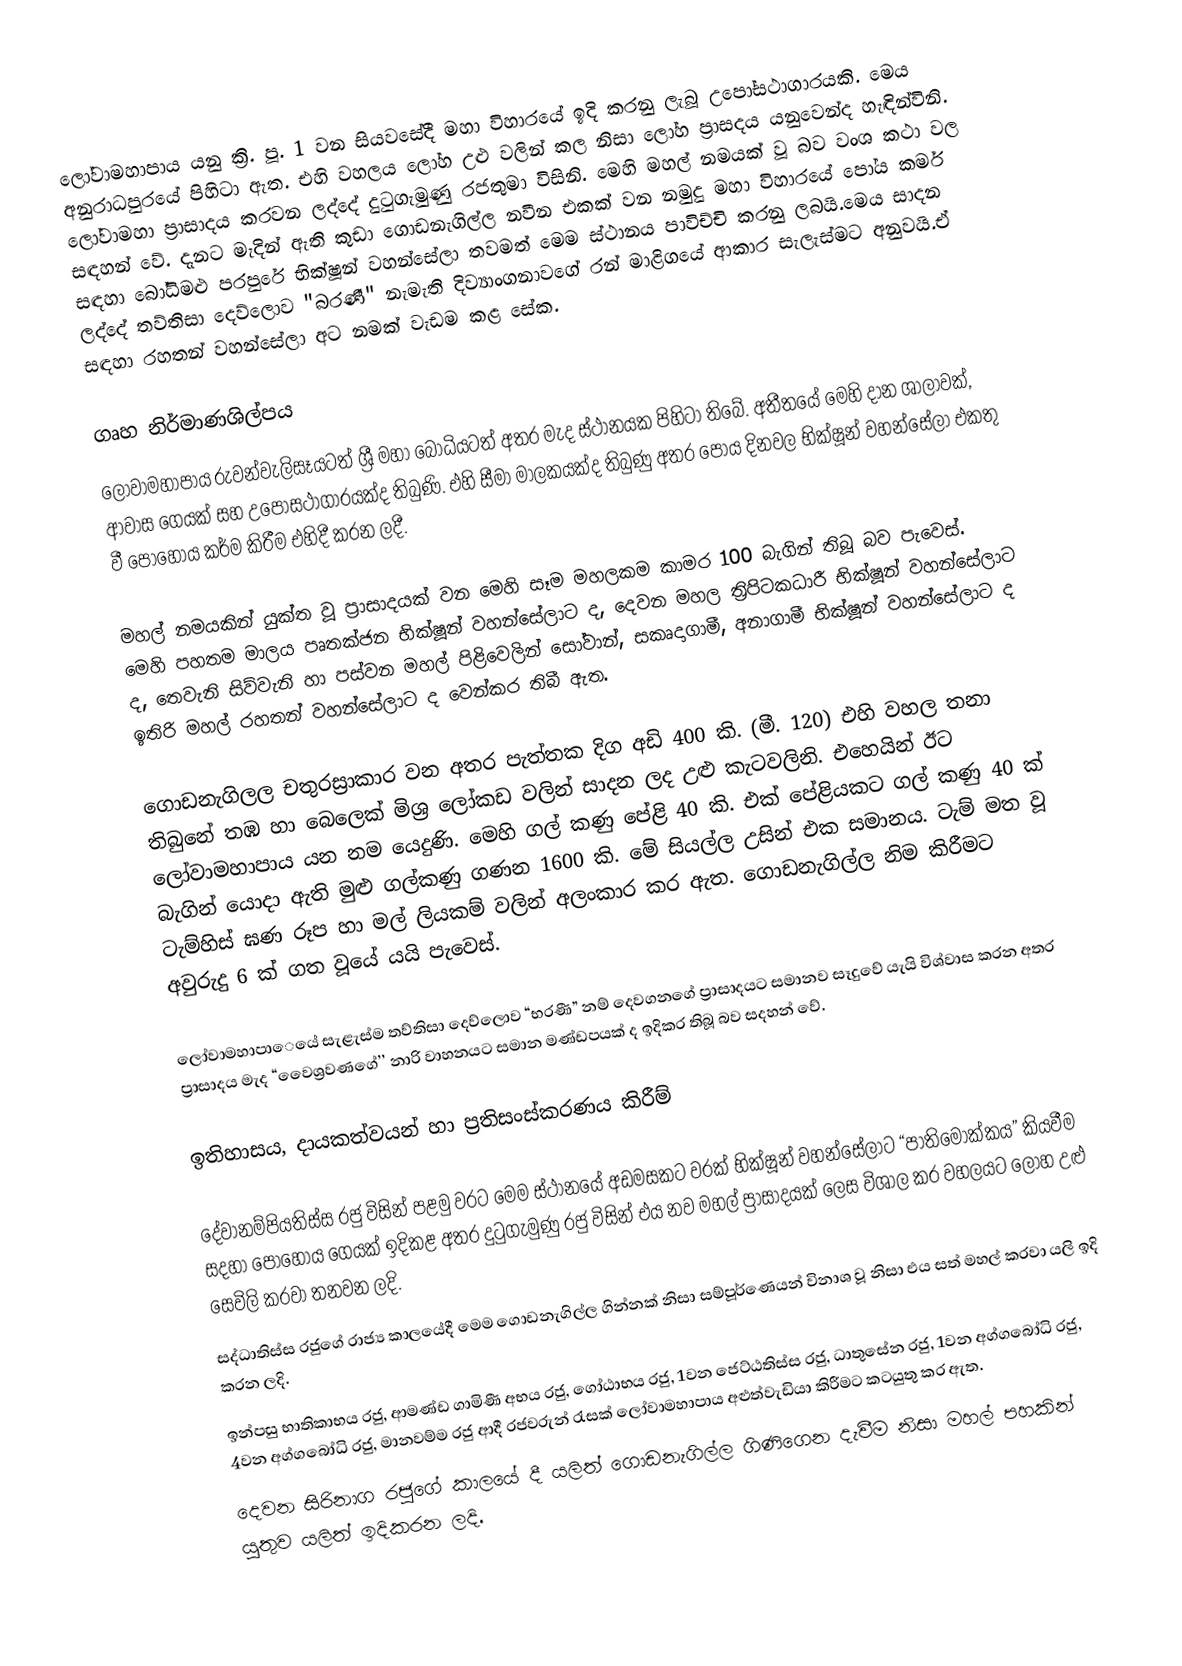
ලෝවාමහාපාය යනු ක්‍රි. පූ. 1 වන සියවසේදී මහා විහාරයේ ඉදි කරනු ලැබූ උපෝසථාගාරයකි. මෙය අනුරාධපුරයේ පිහිටා ඇත. එහි වහලය ලෝහ උළු වලින් කල නිසා ලෝහ ප්‍රාසදය යනුවෙන්ද හැඳින්විනි. ලෝවාමහා ප්‍රාසාදය කරවන ලද්දේ දුටුගැමුණු රජතුමා විසිනි. මෙහි මහල් නමයක් වූ බව වංශ කථා වල සඳහන් වේ. දැනට මැදින් ඇති කුඩා ගොඩනැගිල්ල නවීන එකක් වන නමුදු මහා විහාරයේ පෝය කර්ම සඳහා බෝධිමළු පරපුරේ භික්ෂූන් වහන්සේලා තවමත් මෙම ස්ථානය පාවිච්චි කරනු ලබයි.මෙය සාදන ලද්දේ තව්තිසා දෙව්ලොව "බරණී" නැමැති දිව්‍යාංගනාවගේ රන් මාළිගයේ ආකාර සැලැස්මට අනුවයි.ඒ සඳහා රහතන් වහන්සේලා අට නමක් වැඩම කළ සේක.

ගෘහ නිර්මාණශිල්පය
ලෝවාමහාපාය රුවන්වැලිසෑයටත් ශ්‍රී මහා බෝධියටත් අතර මැද ස්ථානයක පිහිටා තිබේ. අතීතයේ මෙහි දාන ශාලාවක්, ආවාස ගෙයක් සහ උපෝසථාගාරයක්ද තිබුණි. එහි සීමා මාලකයක්ද තිබුණු අතර පෝය දිනවල භික්ෂූන් වහන්සේලා එකතු වී පොහොය කර්ම කිරීම එහිදී කරන ලදී.

මහල් නමයකින් යුක්ත වූ ප්‍රාසාදයක් වන මෙහි සෑම මහලකම කාමර 100 බැගින් තිබූ බව පැවෙස්. මෙහි පහතම මාලය පෘතක්ජන භික්ෂූන් වහන්සේලාට ද, දෙවන මහල ත්‍රිපිටකධාරී භික්ෂූන් වහන්සේලාට ද, තෙවැනි සිව්වැනි හා පස්වන මහල් පිළිවෙලින්  සෝවාන්, සකෘදාගාමී, අනාගාමී භික්ෂූන් වහන්සේලාට ද ඉතිරි මහල් රහතන් වහන්සේලාට ද වෙන්කර තිබී ඇත.

ගොඩනැගිලල චතුරස්‍රාකාර වන අතර පැත්තක දිග අඩි 400 කි. (මී. 120) එහි වහල තනා තිබුනේ තඹ හා බෙලෙක් මිශ්‍ර  ලෝකඩ වලින් සාදන ලද උළු කැටවලිනි. එහෙයින් ඊට ලෝවාමහාපාය යන නම යෙදුණි. මෙහි ගල් කණු පේළි 40 කි. එක් පේළියකට ගල් කණු 40 ක් බැගින් යොදා ඇති මුළු ගල්කණු ගණන 1600 කි. මේ සියල්ල උසින් එක සමානය. ටැම් මත වූ ටැම්හිස් ඝණ රූප හා මල් ලියකම් වලින් අලංකාර කර ඇත. ගොඩනැගිල්ල නිම කිරීමට අවුරුදු 6 ක් ගත වූයේ යයි පැවෙස්.

ලෝවාමහාපාෙයේ සැළැස්ම තව්තිසා දෙව්ලොව “භරණී” නම් දෙවගනගේ ප්‍රාසාදයට සමානව සෑදුවේ යැයි විශ්වාස කරන අතර ප්‍රාසාදය මැද “වෙෙශ්‍රවණගේ’’  නාරි වාහනයට සමාන මණ්ඩපයක් ද ඉදිකර තිබූ බව සදහන් වේ.

ඉතිහාසය, දායකත්වයන් හා ප්‍රතිසංස්කරණය කිරීම්

දේවානම්පියතිස්ස රජු විසින් පළමු වරට මෙම ස්ථානයේ අඩමසකට වරක් භික්ෂූන් වහන්සේලාට  “පාතිමොක්කය” කියවීම සදහා පොහොය ගෙයක් ඉදිකළ අතර දුටුගැමුණු රජු විසින් එය නව මහල් ප්‍රාසාදයක් ලෙස විශාල කර වහලයට ලෝහ උළු සෙවිලි කරවා තනවන ලදි.
 සද්ධාතිස්ස රජුගේ රාජ්‍ය කාලයේදී මෙම ගොඩනැගිල්ල ගින්නක් නිසා සම්පූර්ණෙයන් විනාශ වූ නිසා එය සත් මහල් කරවා යලි ඉදි කරන ලදි.
 ඉන්පසු භාතිකාභය රජු, ආමණ්ඩ ගාමිණී අභය රජු, ගෝඨාභය රජු, 1වන ජෙට්ඨතිස්ස රජු, ධාතුසේන රජු, 1වන අග්ගබෝධි රජු, 4වන අග්ගබෝධි රජු, මානවම්ම රජු ආදී රජවරුන් රැසක් ලෝවාමහාපාය අළුත්වැඩියා කිරීමට කටයුතු කර ඇත.
 දෙවන සිරිනාග රජුගේ කාලයේ දී යලිත් ගොඩනැගිල්ල ගිණිගෙන දැවීම නිසා මහල් පහකින් යුතුව යලිත් ඉදිකරන ලදි.